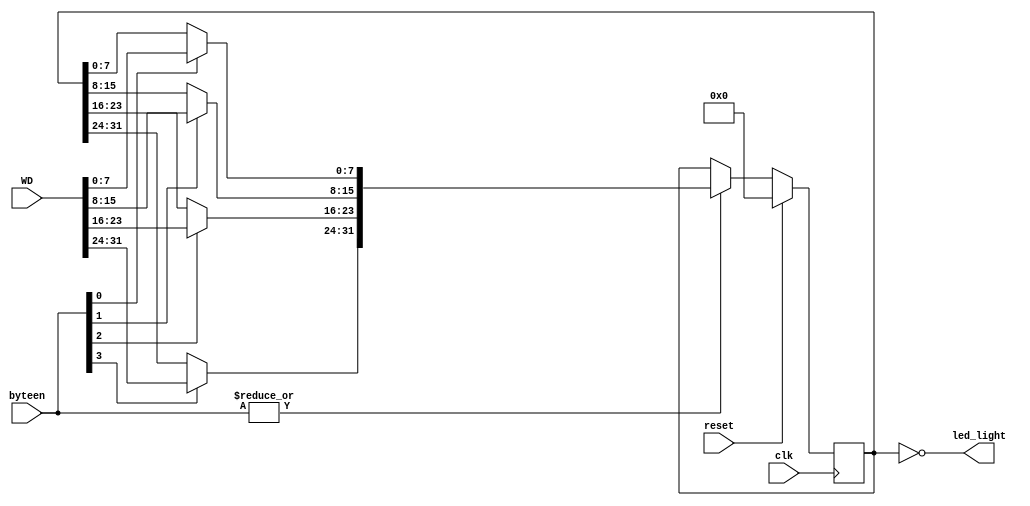
`timescale 1ns / 1ps
//////////////////////////////////////////////////////////////////////////////////
// Company: 
// Engineer: 
// 
// Design Name: 
// Module Name:    LED 
// Project Name: 
// Target Devices: 
// Tool versions: 
// Description: 
//
// Dependencies: 
//
// Revision: 
// Revision 0.01 - File Created
// Additional Comments: 
//
//////////////////////////////////////////////////////////////////////////////////
module LED(
    input clk,
	 input reset,
	 input [3:0] byteen,
	 input [31:0] WD,
	 output [31:0] led_light
    );
	 
	 reg [31:0] fixedWD;
	 reg [31:0] led;
	 
	 always @(*) begin
	     fixedWD = led;
		  if (byteen[3] == 1'b1) fixedWD[31:24] = WD[31:24];
		  if (byteen[2] == 1'b1) fixedWD[23:16] = WD[23:16];
		  if (byteen[1] == 1'b1) fixedWD[15:8]  = WD[15:8];
		  if (byteen[0] == 1'b1) fixedWD[7:0]   = WD[7:0];
	 end
	 
	 always @(posedge clk) begin
	     if (reset == 1'b1) begin
		      led <= 32'd0;
		  end else if (|byteen == 1'b1) begin
		      led <= fixedWD;
		  end
	 end
	 
	 assign led_light = ~led;

endmodule